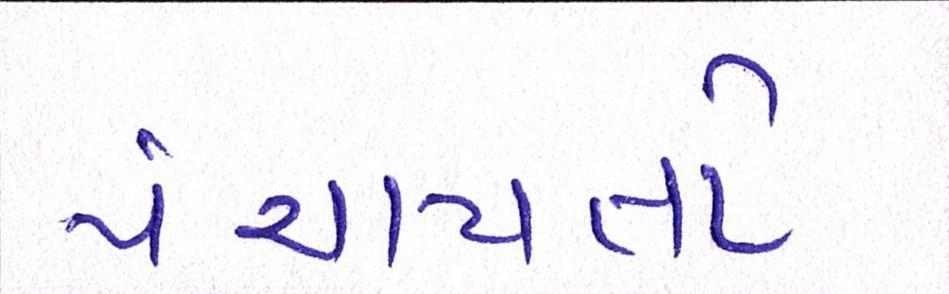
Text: પંચાયતો